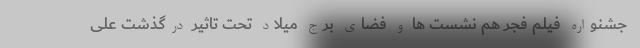
جشنواره فیلم فجر هم نشست ها و فضای برج میلاد تحت تاثیر درگذشت علی